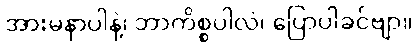
အားမနာပါနဲ့၊ ဘာကိစ္စပါလဲ၊ ပြောပါခင်ဗျာ။